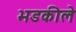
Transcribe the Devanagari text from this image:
भडकीले